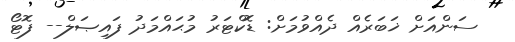
ސަންއަށް ޚަބަރެއް ދެއްވުމަށް: ޑޮކްޓަރު މުޙައްމަދު ފައިޞަލް-- ފޮޓޯ